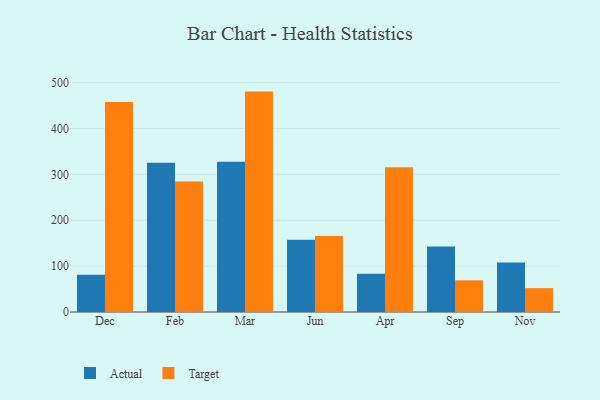
{"axis": {"x": "Month", "y": "Waste Production (Tons)"}, "legend": ["Actual", "Target"], "data": [{"x": "Dec", "y": 81.3, "type": "Actual"}, {"x": "Dec", "y": 457.6, "type": "Target"}, {"x": "Feb", "y": 325.4, "type": "Actual"}, {"x": "Feb", "y": 284.3, "type": "Target"}, {"x": "Mar", "y": 327.4, "type": "Actual"}, {"x": "Mar", "y": 480.3, "type": "Target"}, {"x": "Jun", "y": 157.4, "type": "Actual"}, {"x": "Jun", "y": 165.4, "type": "Target"}, {"x": "Apr", "y": 83.2, "type": "Actual"}, {"x": "Apr", "y": 315.2, "type": "Target"}, {"x": "Sep", "y": 142.6, "type": "Actual"}, {"x": "Sep", "y": 69.1, "type": "Target"}, {"x": "Nov", "y": 107.9, "type": "Actual"}, {"x": "Nov", "y": 52.0, "type": "Target"}]}